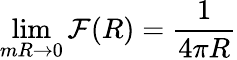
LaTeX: \operatorname*{lim}_{mR\rightarrow 0}{\cal F}(R)=\frac{1}{4\pi R}